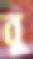
বু